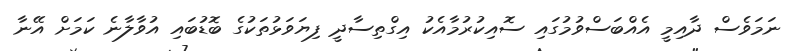
ނަމަވެސް ދާއިމީ އެއްބަސްވުމުގައި ސޮއިކުރުމާއެކު އިގްތިސާދީ ފިޔަވަޅުތަކުގެ ބޮޑުބައި އުވާލާނެ ކަމަށް އޭނާ